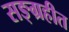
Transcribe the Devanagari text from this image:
सङ्ग्रहीत